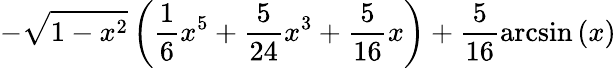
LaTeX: -\sqrt{1-x^{2}}\left(\frac{1}{6}x^{5}+\frac{5}{24}x^{3}+\frac{5}{16}x\right)+\frac{5}{16}\arcsin\left(x\right)